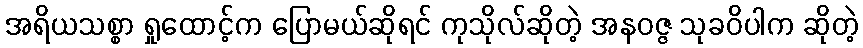
အရိယသစ္စာ ရှုထောင့်က ပြောမယ်ဆိုရင် ကုသိုလ်ဆိုတဲ့ အနဝဇ္ဇ သုခဝိပါက ဆိုတဲ့